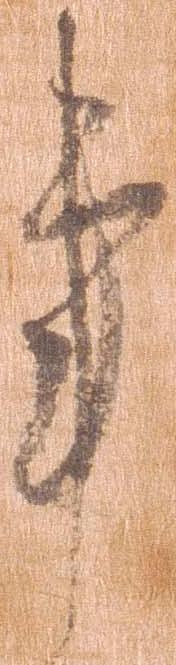
事